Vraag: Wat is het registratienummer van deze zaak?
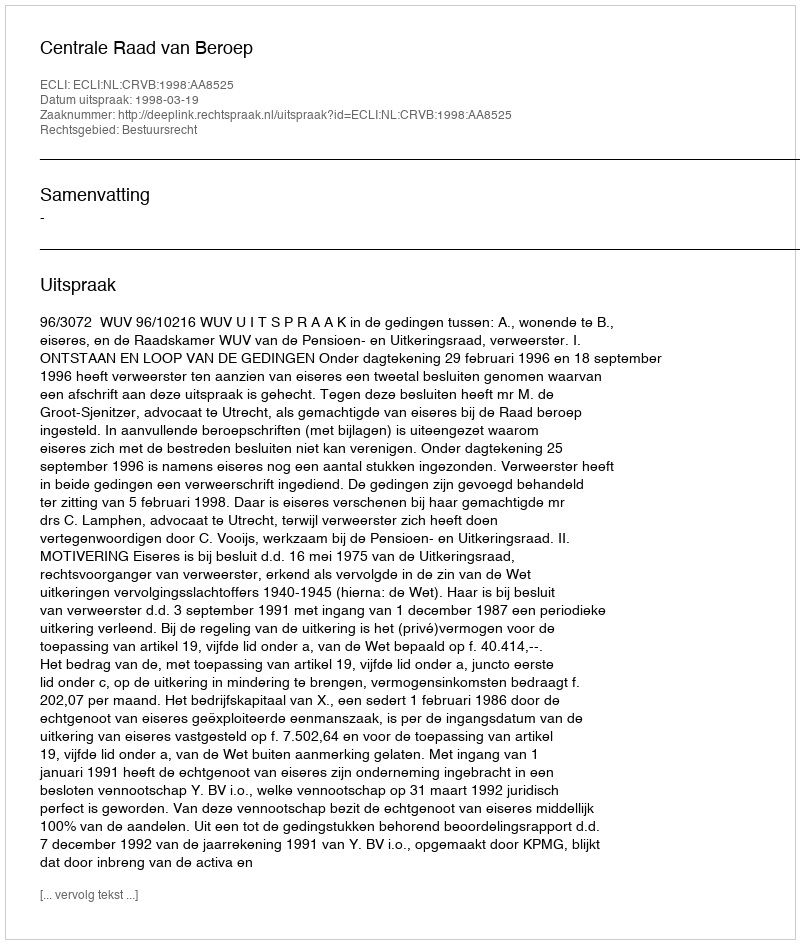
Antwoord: http://deeplink.rechtspraak.nl/uitspraak?id=ECLI:NL:CRVB:1998:AA8525